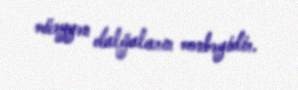
müəyyən dalğaların mənbəyidir.